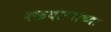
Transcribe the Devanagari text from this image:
रक्तदात्याच्या